Reports on military cantonments and civil stations in the Presidency of Bombay inspected by the Sanitary Commissioner in the years 1875 and 1876
Year: 1875
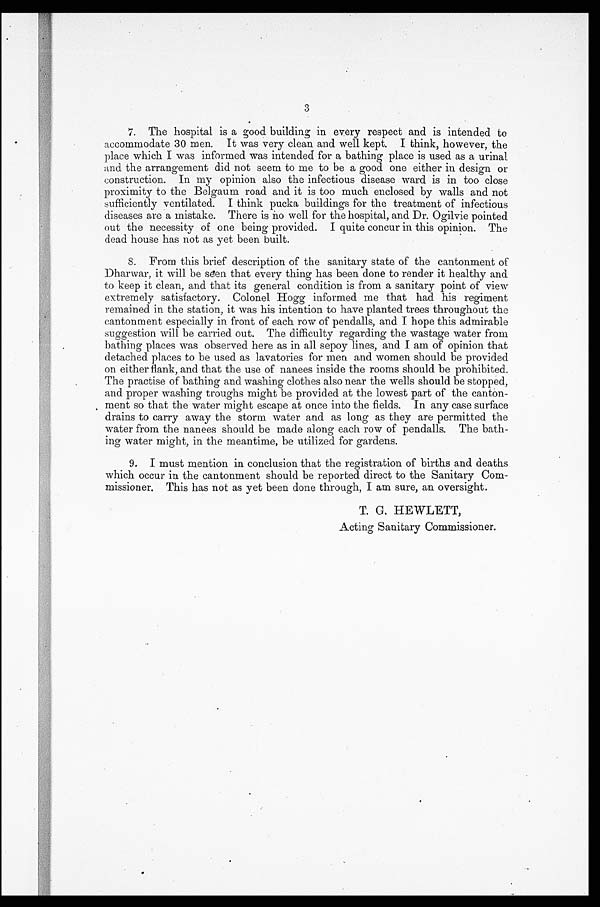
3
7. The hospital is a good building in every respect and is intended to
accommodate 30 men. It was very clean and well kept. I think, however, the
place which I was informed was intended for a bathing place is used as a urinal
and the arrangement did not seem to me to be a good one either in design or
construction. In my opinion also the infectious disease ward is in too close
proximity to the Belgaum road and it is too much enclosed by walls and not
sufficiently ventilated. I think pucka buildings for the treatment of infectious
diseases are a mistake. There is no well for the hospital, and Dr. Ogilvie pointed
out the necessity of one being provided. I quite concur in this opinion. The
dead house has not as yet been built.
S. From this brief description of the sanitary state of the cantonment of
Dharwar, it will be seen that every thing has been done to render it healthy and
to keep it clean, and that its general condition is from a sanitary point of view
extremely satisfactory. Colonel Hogg informed me that had his regiment
remained in the station, it was his intention to have planted. trees throughout the
cantonment especially in front of each row of pendalls, and I hope this admirable
suggestion will be carried out. The difficulty regarding the wastage water from
bathing places was observed here as in all sepoy lines, and I am of opinion that
detached places to be used as lavatories for men. and women should be provided
on either flank, and that the use of nanees inside the rooms should be prohibited.
The practise of bathing and washing clothes also near the wells should be stopped,
and proper washing troughs might be provided at the lowest part of the canton-
meat so that the water might escape at once into the fields. In any case surface
drains to carry away the storm water and as long as they are permitted the
water from the nanees should be made along each row of pendalls. The bath-
ing water might, in the meantime, be utilized for gardens.
9. I must mention in conclusion that the registration of births and deaths
which occur in the cantonment should be reported direct to the Sanitary Com-
missioner. This has not as yet been done through, I am sure, an oversight.
T. G. HEWLETT,
Acting Sanitary Commissioner.